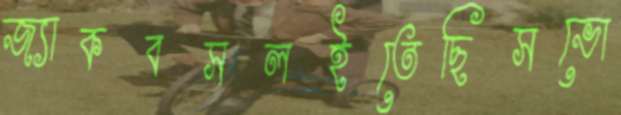
জ্যাকবসলইতেছিসভো